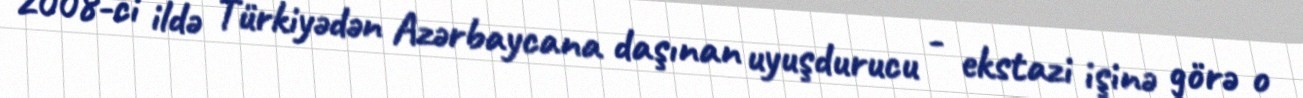
2008-ci ildə Türkiyədən Azərbaycana daşınan uyuşdurucu - ekstazi işinə görə o